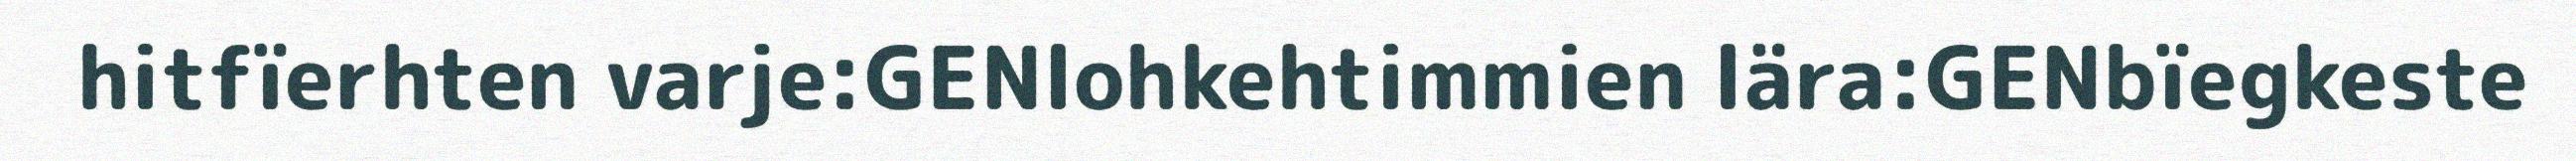
hitfïerhten varje:GENlohkehtimmien lära:GENbïegkeste